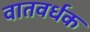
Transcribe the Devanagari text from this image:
वातवर्धक